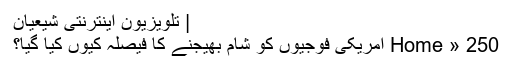
| تلویزیون اینترنتی شیعیان
Home » 250 امریکی فوجیوں کو شام بھیجنے کا فیصلہ کیوں کیا گیا؟